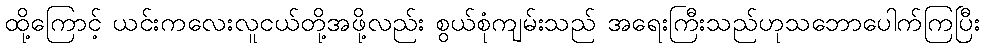
ထို့ကြောင့် ယင်းကလေးလူငယ်တို့အဖို့လည်း စွယ်စုံကျမ်းသည် အရေးကြီးသည်ဟုသဘောပေါက်ကြပြီး